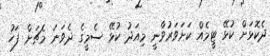
ދެކޮޅަށް ކުޅޭ ޓީމެއް ކަށަވަރުވާނީ މިއަދު ކުޅޭ ސެމީގެ ދެވަނަ މެޗަށް ފަހު